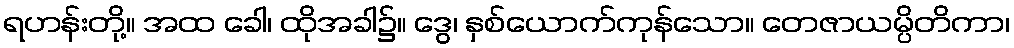
ရဟန်းတို့။ အထ ခေါ၊ ထိုအခါ၌။ ဒွေ၊ နှစ်ယောက်ကုန်သော။ တေဇာယမ္ပိတိကာ၊